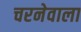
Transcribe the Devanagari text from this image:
चरनेवाला